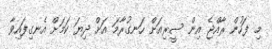
މި ފަހުން ރާއްޖެ އިން ސީރިއަށް ހަނގުރާމަ އަށް ދިޔަ ކަމަށް އެނގިފައިވާ